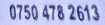
0750 478 2613